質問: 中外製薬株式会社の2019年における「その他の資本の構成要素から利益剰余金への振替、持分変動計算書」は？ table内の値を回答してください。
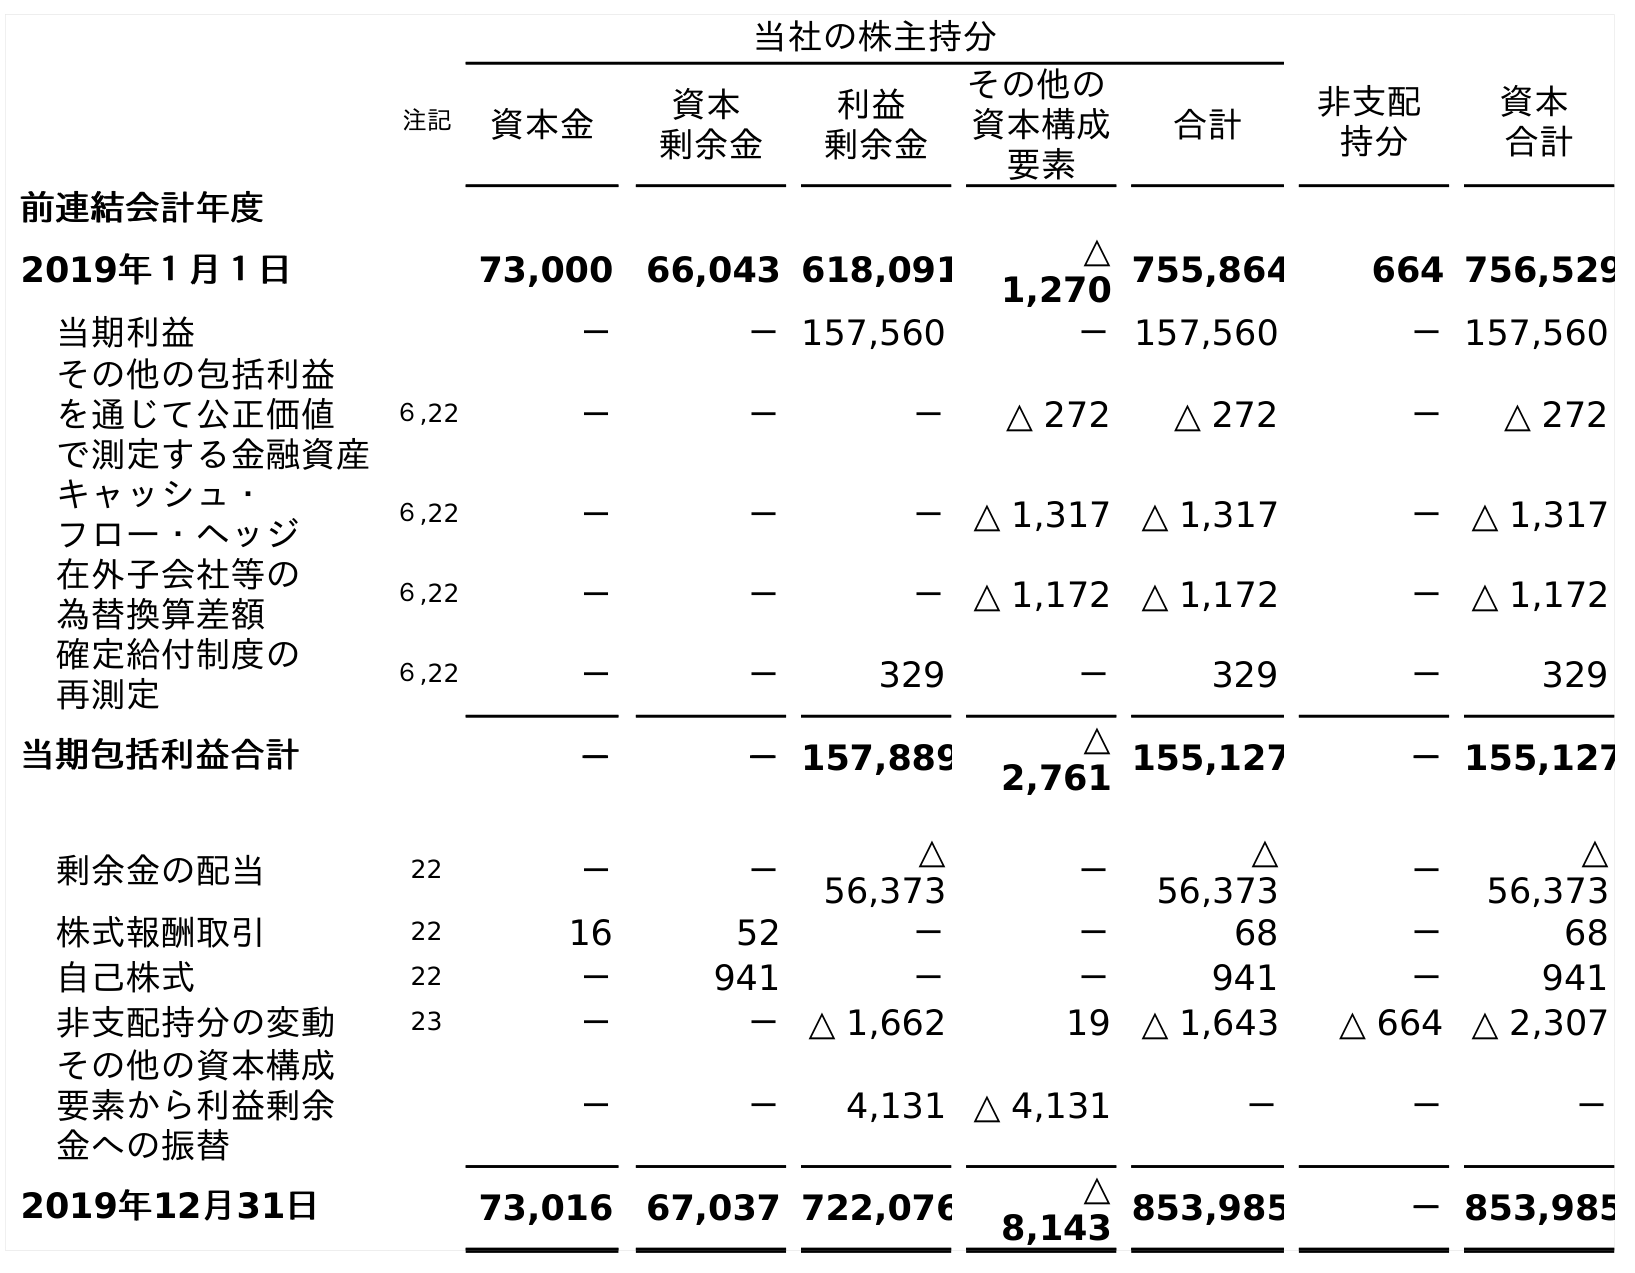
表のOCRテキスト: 当社の株主持分 注記 資本金 資本 剰余金 利益 剰余金 その他の 資本構成 要素 合計 非支配 持分 資本 合計 前連結会計年度 2019年１月１日 73,000 66,043 618,091 △ 1,270 755,864 664 756,529 当期利益 － －157,560 －157,560 －157,560 その他の包括利益 を通じて公正価値 で測定する金融資産 ６,22 － － － △ 272 △ 272 － △ 272 キャッシュ・ フロー・ヘッジ ６,22 － － －△ 1,317 △ 1,317 －△ 1,317 在外子会社等の 為替換算差額 ６,22 － － －△ 1,172 △ 1,172 －△ 1,172 確定給付制度の 再測定 ６,22 － － 329 － 329 － 329 当期包括利益合計 － －157,889 △ 2,761 155,127 －155,127 剰余金の配当 22 － － △ 56,373 － △ 56,373 － △ 56,373 株式報酬取引 22 16 52 － － 68 － 68 自己株式 22 － 941 － － 941 － 941 非支配持分の変動 23 － －△ 1,662 19 △ 1,643 △ 664 △ 2,307 その他の資本構成 要素から利益剰余 金への振替 － － 4,131 △ 4,131 － － － 2019年12月31日 73,016 67,037 722,076 △ 8,143 853,985 －853,985
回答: －